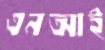
এনআই